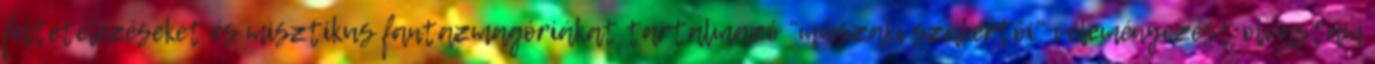
feltételezéseket és misztikus fantazmagóriákat tartalmazó “mûszaki szakértõi” véleményezést olvastam